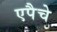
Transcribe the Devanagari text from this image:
एपैचे